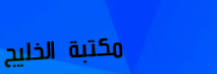
مكتبة الخليج